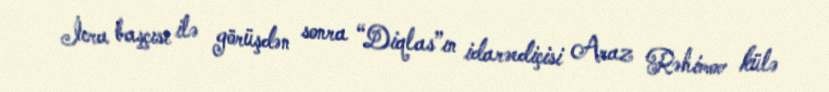
İcra başçısı ilə görüşdən sonra “Diqlas”ın idarəediçisi Araz Rəhimov külə